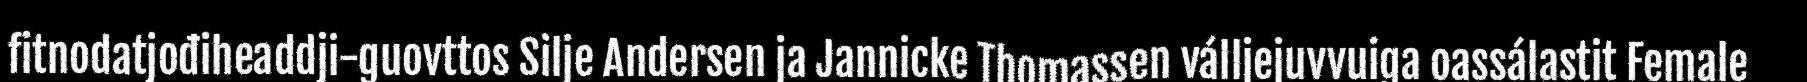
fitnodatjođiheaddji-guovttos Silje Andersen ja Jannicke Thomassen válljejuvvuiga oassálastit Female